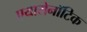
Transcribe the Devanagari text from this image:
एयारोनॉटिक